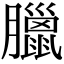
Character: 臘